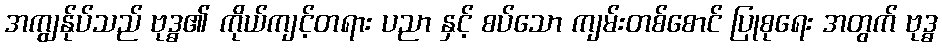
အကျွန်ုပ်သည် ဗုဒ္ဓ၏ ကိုယ်ကျင့်တရား ပညာ နှင့် စပ်သော ကျမ်းတစ်စောင် ပြုစုရေး အတွက် ဗုဒ္ဓ